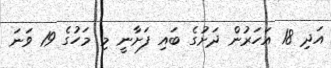
އަދި 18 އަހަރުން ދަށުގެ ބައި ފަށާނީ މި މަހުގެ 19 ވަނަ